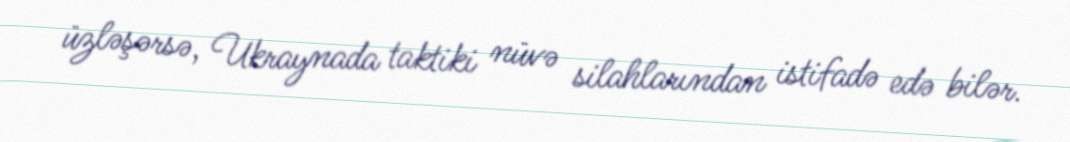
üzləşərsə, Ukraynada taktiki nüvə silahlarından istifadə edə bilər.